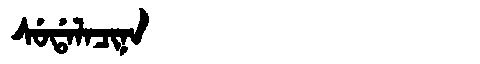
Manchu: ᠰᡠᡩᠠᠯᠠᠴᡳᠨᠠ
Romanization: SUDALACINA